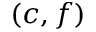
( c , f )